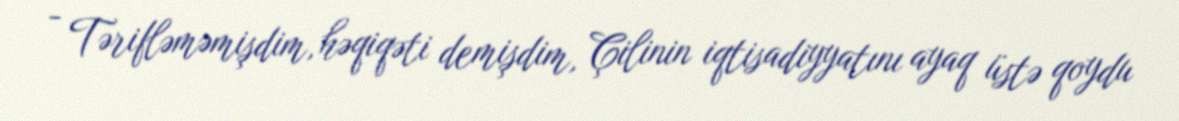
- Tərifləməmişdim, həqiqəti demişdim, Çilinin iqtisadiyyatını ayaq üstə qoydu